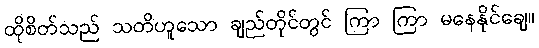
ထိုစိတ်သည် သတိဟူသော ချည်တိုင်တွင် ကြာ ကြာ မနေနိုင်ချေ။